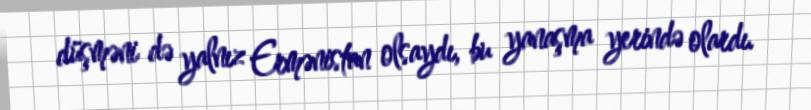
düşməni də yalnız Ermənistan olsaydı, bu yanaşma yerində olardı.